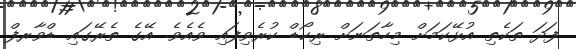
ފަދަ ތަކެތި އުޅޭކަމަށް މިހާތަނަށް ރިކޯޑް ކުރެވިފައި ވެއެވެ. އޭގެ ތެރޭގައި ޑްވާރފް